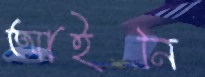
আইনি